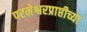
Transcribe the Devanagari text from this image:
परमेश्वरप्राप्तीच्या